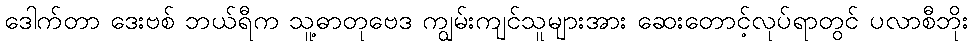
ဒေါက်တာ ဒေးဗစ် ဘယ်ရီက သူ့ဓာတုဗေဒ ကျွမ်းကျင်သူများအား ဆေးတောင့်လုပ်ရာတွင် ပလာစီဘိုး